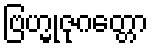
ဗြဟ္မုဇုဂတ္တော